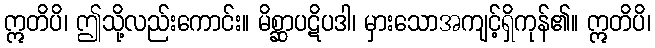
ဣတိပိ၊ ဤသို့လည်းကောင်း။ မိစ္ဆာပဋိပဒါ၊ မှားသောအကျင့်ရှိကုန်၏။ ဣတိပိ၊